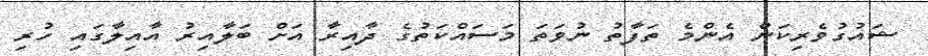
ޝައުގުވެރިކަން އެންމެ ތަފާތު ނުވަތަ މަސައްކަތުުގެ ދާއިރާ އަށް ބަލާއިރު އާއިލާގައި ހުރި